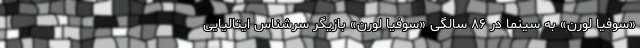
«سوفیا لورن» به سینما در ۸۶ سالگی «سوفیا لورن» بازیگر سرشناس ایتالیایی